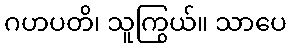
ဂဟပတိ၊ သူကြွယ်။ သာပေ